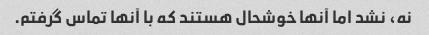
نه، نشد اما آنها خوشحال هستند که با آنها تماس گرفتم.